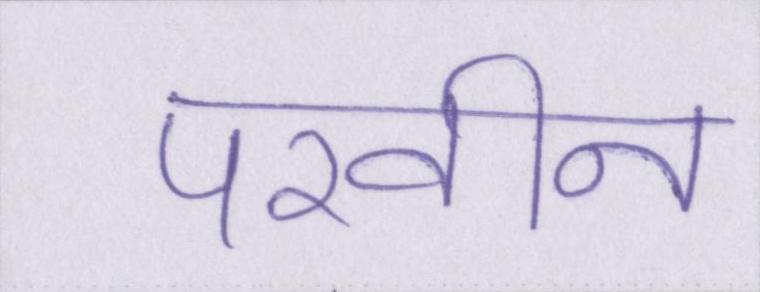
परवीन